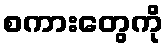
စကားတွေကို